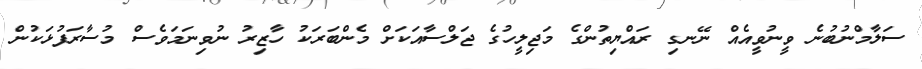
ސަލާމްނުބުނެ ވީނުވީއެއް ނޭނގި ރައްޔިތުންގެ މަޖިލީހުގެ ޖަލްސާއަކަށް މެންބަރަކު ހާޒިރު ނުވިނަމަވެސް މުސާރަފުޅަކުން